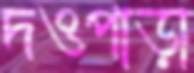
দওপাড়া